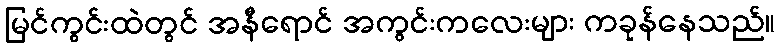
မြင်ကွင်းထဲတွင် အနီရောင် အကွင်းကလေးများ ကခုန်နေသည်။